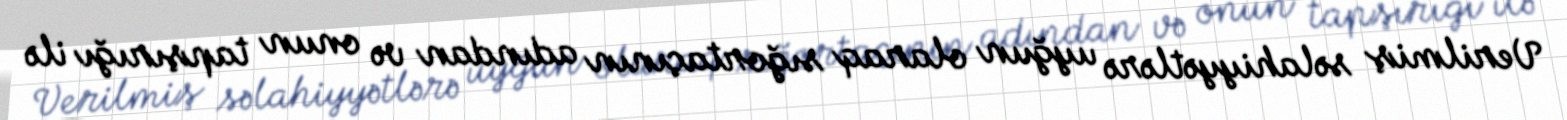
Verilmiş səlahiyyətlərə uyğun olaraq sığortaçının adından və onun tapşırığı ilə